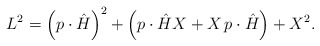
\begin{align*}L^2=\left(p\cdot\hat{H}\right)^2+ \left(p\cdot\hat{H}X+X\,p\cdot\hat{H}\right)+X^2.\end{align*}